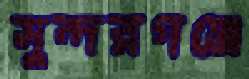
সুন্দরগঞ্জে